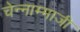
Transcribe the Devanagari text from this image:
चेन्‍नाम्‍माजी